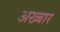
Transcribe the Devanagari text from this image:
अख्बार